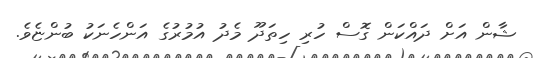
ޝާން އަށް ދައްކަން ގޮސް ހުރި ހިތަދޫ މެދު އުމުރުގެ އަންހެނަކު ބުންޏެވެ.